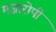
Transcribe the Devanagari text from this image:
मज़ारोपी